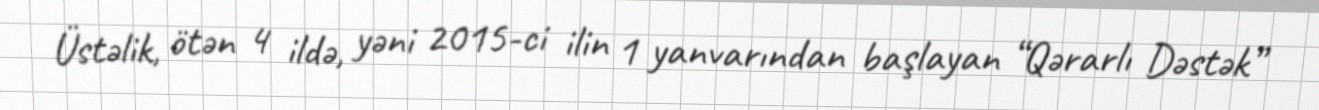
Üstəlik, ötən 4 ildə, yəni 2015-ci ilin 1 yanvarından başlayan “Qərarlı Dəstək”